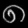
Digit: ၈